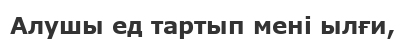
Алушы ед тартып мені ылғи,